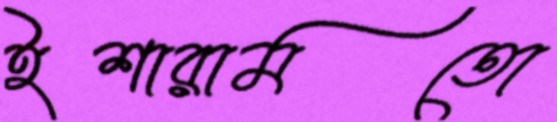
ইশারামতো